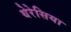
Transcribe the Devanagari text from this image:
थेरेसिया